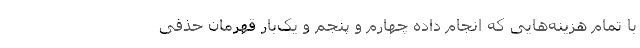
با تمام هزینه‌هایی که انجام داده چهارم و پنجم و یک‌بار قهرمان حذفی